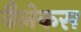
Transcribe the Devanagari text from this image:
वैलेकस